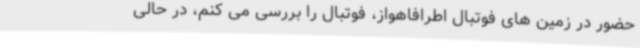
حضور در زمین های فوتبال اطرافاهواز، فوتبال را بررسی می کنم، در حالی